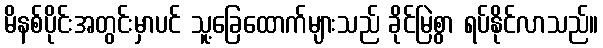
မိနစ်ပိုင်းအတွင်းမှာပင် သူ့ခြေထောက်များသည် ခိုင်မြဲစွာ ရပ်နိုင်လာသည်။